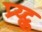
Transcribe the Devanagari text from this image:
प्र्य्ट्क